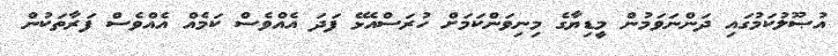
އުޞޫލުކަމުގައި ދަންނަވަމުން މީޑިޔާގެ މިނިވަންކަމަށް ހުރަސްއެޅޭ ފަދަ އެއްވެސް ކަމެއް އެއްވެސް ފަރާތަކުން